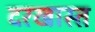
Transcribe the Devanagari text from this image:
दरखास्त